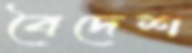
বৈদেশ